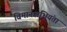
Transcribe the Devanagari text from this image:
विमानअभियंता